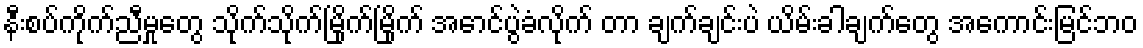
နီးစပ်ကိုက်ညီမှုတွေ သိုက်သိုက်မြိုက်မြိုက် အောင်ပွဲခံလိုက် တာ ချက်ချင်းပဲ ယိမ်းခါချက်တွေ အကောင်းမြင်ဘဝ